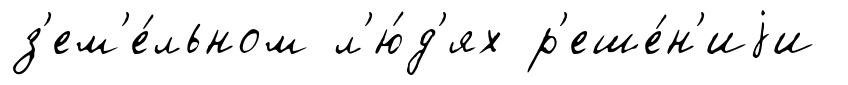
з'ем'е́льном л'ю́д'ях р'еше́н'иjи